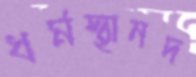
ধর্মস্থানদ